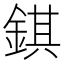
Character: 錤